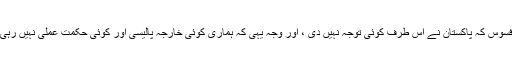
افسوس کہ پاکستان نے اس طرف کوئی توجہ نہیں دی ، اور وجہ یہی کہ ہماری کوئی خارجہ پالیسی اور کوئی حکمت عملی نہیں رہی۔